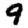
Digit: 9